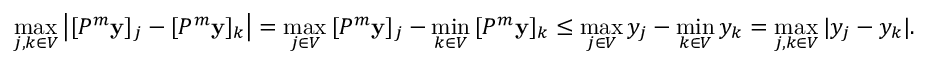
\operatorname* { m a x } _ { j , k \in V } \left| [ P ^ { m } \mathbf { y } ] _ { j } - [ P ^ { m } \mathbf { y } ] _ { k } \right| = \operatorname* { m a x } _ { j \in V } \, [ P ^ { m } \mathbf { y } ] _ { j } - \operatorname* { m i n } _ { k \in V } \, [ P ^ { m } \mathbf { y } ] _ { k } \leq \operatorname* { m a x } _ { j \in V } y _ { j } - \operatorname* { m i n } _ { k \in V } y _ { k } = \operatorname* { m a x } _ { j , k \in V } | y _ { j } - y _ { k } | .